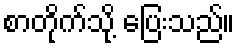
စာတိုက်သို့ ပြေးသည်။